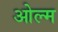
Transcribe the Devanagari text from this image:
ओल्म